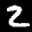
Label: 2